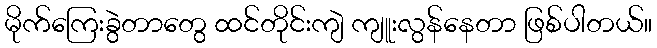
မိုက်ကြေးခွဲတာတွေ ထင်တိုင်းကျဲ ကျူးလွန်နေတာ ဖြစ်ပါတယ်။